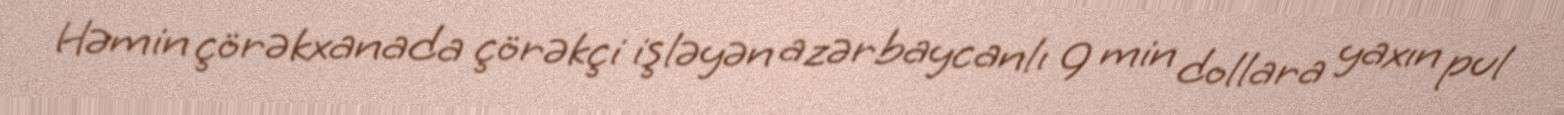
Həmin çörəkxanada çörəkçi işləyən azərbaycanlı 9 min dollara yaxın pul